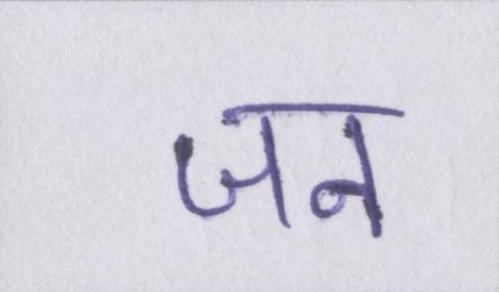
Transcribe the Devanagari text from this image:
जन